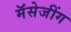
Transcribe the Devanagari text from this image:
मॅसेजींग